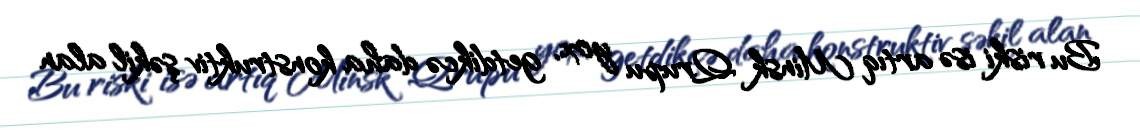
Bu riski isə artıq Minsk Qrupu yox, getdikcə daha konstruktiv şəkil alan